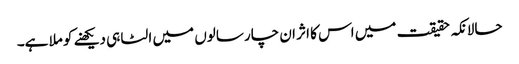
حالانکہ حقیقت میں اس کا اثر ان چار سالوں میں الٹا ہی دیکھنے کو ملا ہے۔